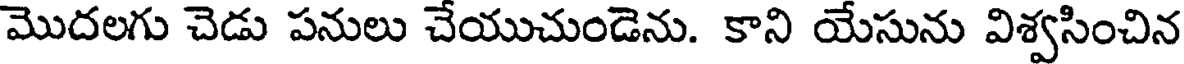
మొదలగు చెడు పనులు చేయుచుండెను. కాని యేసును విశ్వసించిన